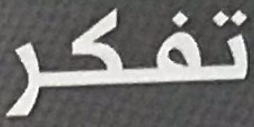
تفكر